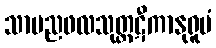
သာမညဖလသုတ္တဋီကာနုရူပံ